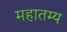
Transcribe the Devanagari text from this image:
महातम्य